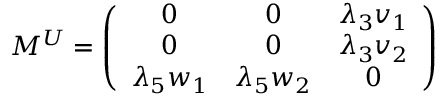
M ^ { U } = \left( \begin{array} { c c c } { { 0 } } & { { 0 } } & { { \lambda _ { 3 } v _ { 1 } } } \\ { { 0 } } & { { 0 } } & { { \lambda _ { 3 } v _ { 2 } } } \\ { { \lambda _ { 5 } w _ { 1 } } } & { { \lambda _ { 5 } w _ { 2 } } } & { { 0 } } \end{array} \right)